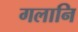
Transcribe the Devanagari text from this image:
गलानि